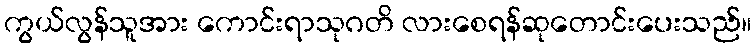
ကွယ်လွန်သူအား ကောင်းရာသုဂတိ လားစေရန်ဆုတောင်းပေးသည်။